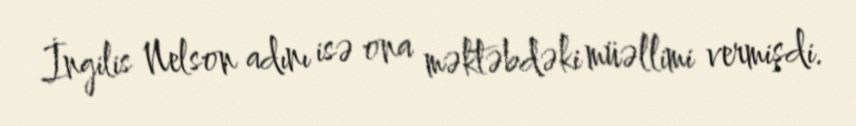
İngilis Nelson adını isə ona məktəbdəki müəllimi vermişdi.